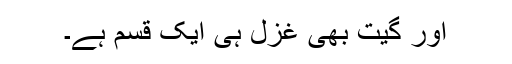
اور گیت بھی غزل ہی ایک قسم ہے۔